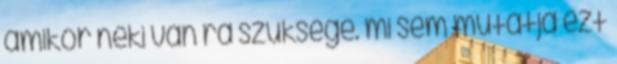
amikor neki van rá szüksége. mi sem mutatja ezt